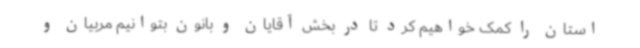
استان را کمک خواهیم کرد تا در بخش آقایان و بانون بتوانیم مربیان و